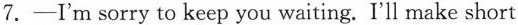
7.-I'm sorry to keep you waiting. I'll make short